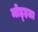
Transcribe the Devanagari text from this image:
मोह्हला